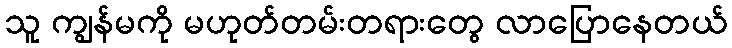
သူ ကျွန်မကို မဟုတ်တမ်းတရားတွေ လာပြောနေတယ်